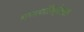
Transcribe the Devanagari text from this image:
गणपतिर्देवता